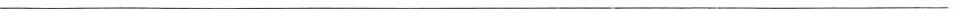
___